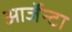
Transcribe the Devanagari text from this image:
आर्जेन्टा